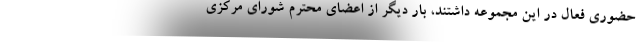
حضوری فعال در این مجموعه داشتند، بار دیگر از اعضای محترم شورای مرکزی